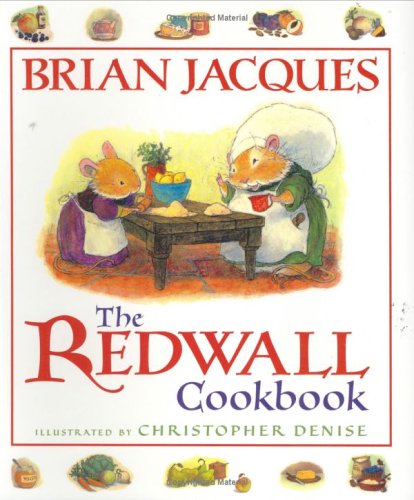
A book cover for The Redwall Cookbook; Brian Jacques; Children's Books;